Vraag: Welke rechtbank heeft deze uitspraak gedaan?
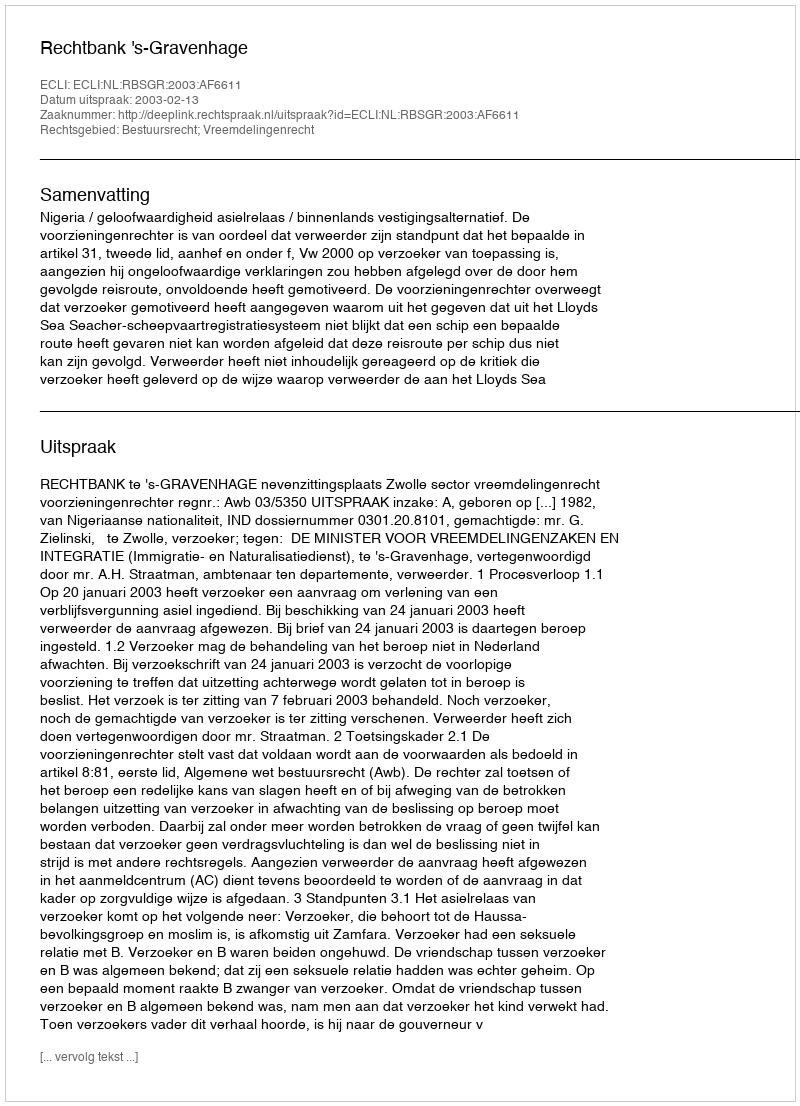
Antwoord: Rechtbank 's-Gravenhage